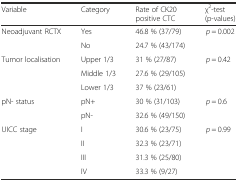
<table><thead><tr><td><b>Variable</b></td><td><b>Category</b></td><td><b>Rate of CK20 positive CTC</b></td><td><b>χ<sup>2</sup>-test (p-values)</b></td></tr></thead><tbody><tr><td>Neoadjuvant RCTX</td><td>Yes</td><td>46.8 % (37/79)</td><td><i>p</i> = 0.002</td></tr><tr><td></td><td>No</td><td>24.7 % (43/174)</td><td></td></tr><tr><td>Tumor localisation</td><td>Upper 1/3</td><td>31 % (27/87)</td><td><i>p</i> = 0.42</td></tr><tr><td></td><td>Middle 1/3</td><td>27.6 % (29/105)</td><td></td></tr><tr><td></td><td>Lower 1/3</td><td>37 % (23/61)</td><td></td></tr><tr><td>pN- status</td><td>pN+</td><td>30 % (31/103)</td><td><i>p</i> = 0.6</td></tr><tr><td></td><td>pN-</td><td>32.6 % (49/150)</td><td></td></tr><tr><td>UICC stage</td><td>I</td><td>30.6 % (23/75)</td><td><i>p</i> = 0.99</td></tr><tr><td></td><td>II</td><td>32.3 % (23/71)</td><td></td></tr><tr><td></td><td>III</td><td>31.3 % (25/80)</td><td></td></tr><tr><td></td><td>IV</td><td>33.3 % (9/27)</td><td></td></tr></tbody></table>